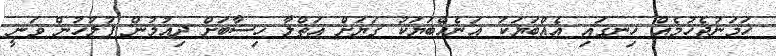
ހަމަނުޖެހުމެއް ހިނގައި އެއްބަޔަކު އަނެއްބަޔަކު ގަޔަށް އަތްލާ ހިސާބަށް ދިއުމުން ފުލުހުން ވަނީ